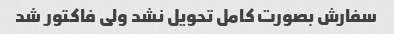
سفارش بصورت کامل تحویل نشد ولی فاکتور شد